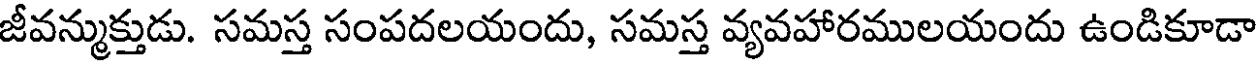
జీవన్ముక్తుడు. సమస్త సంపదలయందు, సమస్త వ్యవహారములయందు ఉండికూడా